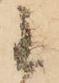
主